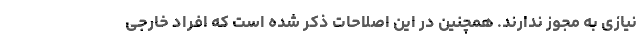
نیازی به مجوز ندارند. همچنین در این اصلاحات ذکر شده است که افراد خارجی